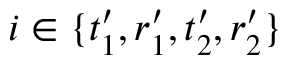
i \in \{ t _ { 1 } ^ { \prime } , r _ { 1 } ^ { \prime } , t _ { 2 } ^ { \prime } , r _ { 2 } ^ { \prime } \}